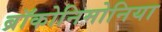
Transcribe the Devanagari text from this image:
ब्रॉकोनिमोनिया